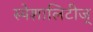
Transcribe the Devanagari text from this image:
स्पेशालिटीज्